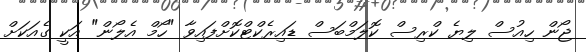
ޖޯން ހިއުސް ލިޔެ ކްރިސް ކޮލަމްބަސް ޑައިރެކްޓްކޮށްފައިވާ "ހޯމް އެލޯން" އަކީ ގެއަކަށް